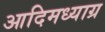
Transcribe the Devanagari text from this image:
आदिमध्याग्र